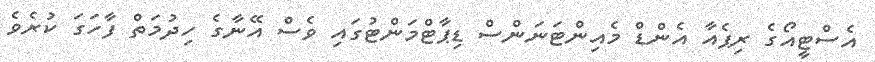
އެސްޓީއޯގެ ރިޕެއާ އެންޑް މެއިންޓަނަންސް ޑިޕާޓްމަންޓުގައި ވެސް އޭނާގެ ހިދުމަތް ފާހަގަ ކުރެވެ